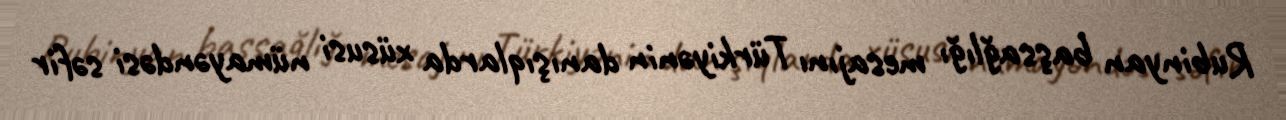
Rubinyan başsağlığı mesajını Türkiyənin danışıqlarda xüsusi nümayəndəsi səfir